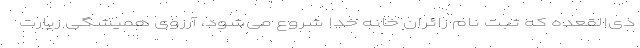
ذی‌القعده که ثبت نام زائران خانه خدا شروع می‌شود، آرزوی همیشگی زیارت